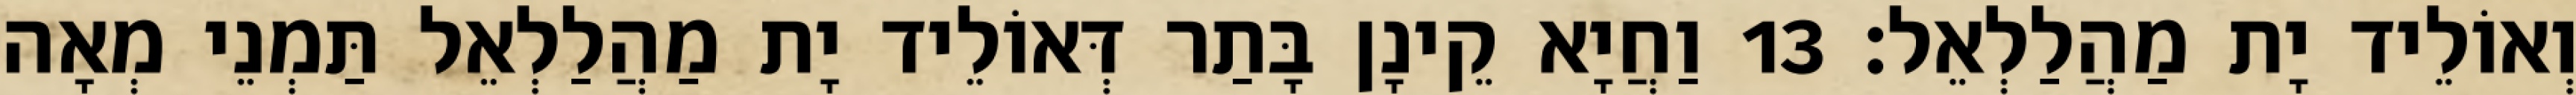
וְאוֹלֵיד יָת מַהֲלַלְאֵל׃ 13 וַחֲיָא קֵינָן בָּתַר דְּאוֹלֵיד יָת מַהֲלַלְאֵל תַּמְנֵי מְאָה